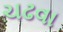
ચઢવા